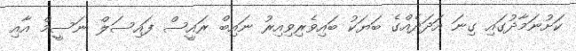
ކަށުނަމާދުގައި ގިނަ އަދަދެއްގެ ބަޔަކު ބައިވެރިވިއިރު ނައިބް ރައީސް ފައިސަލް ނަސީމް އާއި